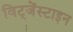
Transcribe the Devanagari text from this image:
विट्जेंस्टाइन